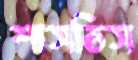
শাসতিস